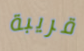
قريبة